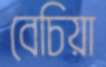
বেচিয়া